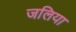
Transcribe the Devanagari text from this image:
जलिया